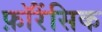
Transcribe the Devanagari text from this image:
फ़ॉरेंसिक